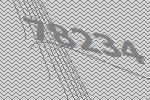
78234